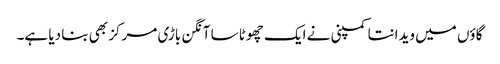
گاؤں میں ویدانتا کمپنی نے ایک چھوٹا سا آنگن باڑی مرکز بھی بنا دیا ہے۔